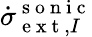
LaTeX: \dot{\sigma}_{\mathrm{~e~x~t~},I}^{\mathrm{~s~o~n~i~c~}}